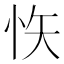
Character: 𭜟